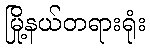
မြို့နယ်တရားရုံး